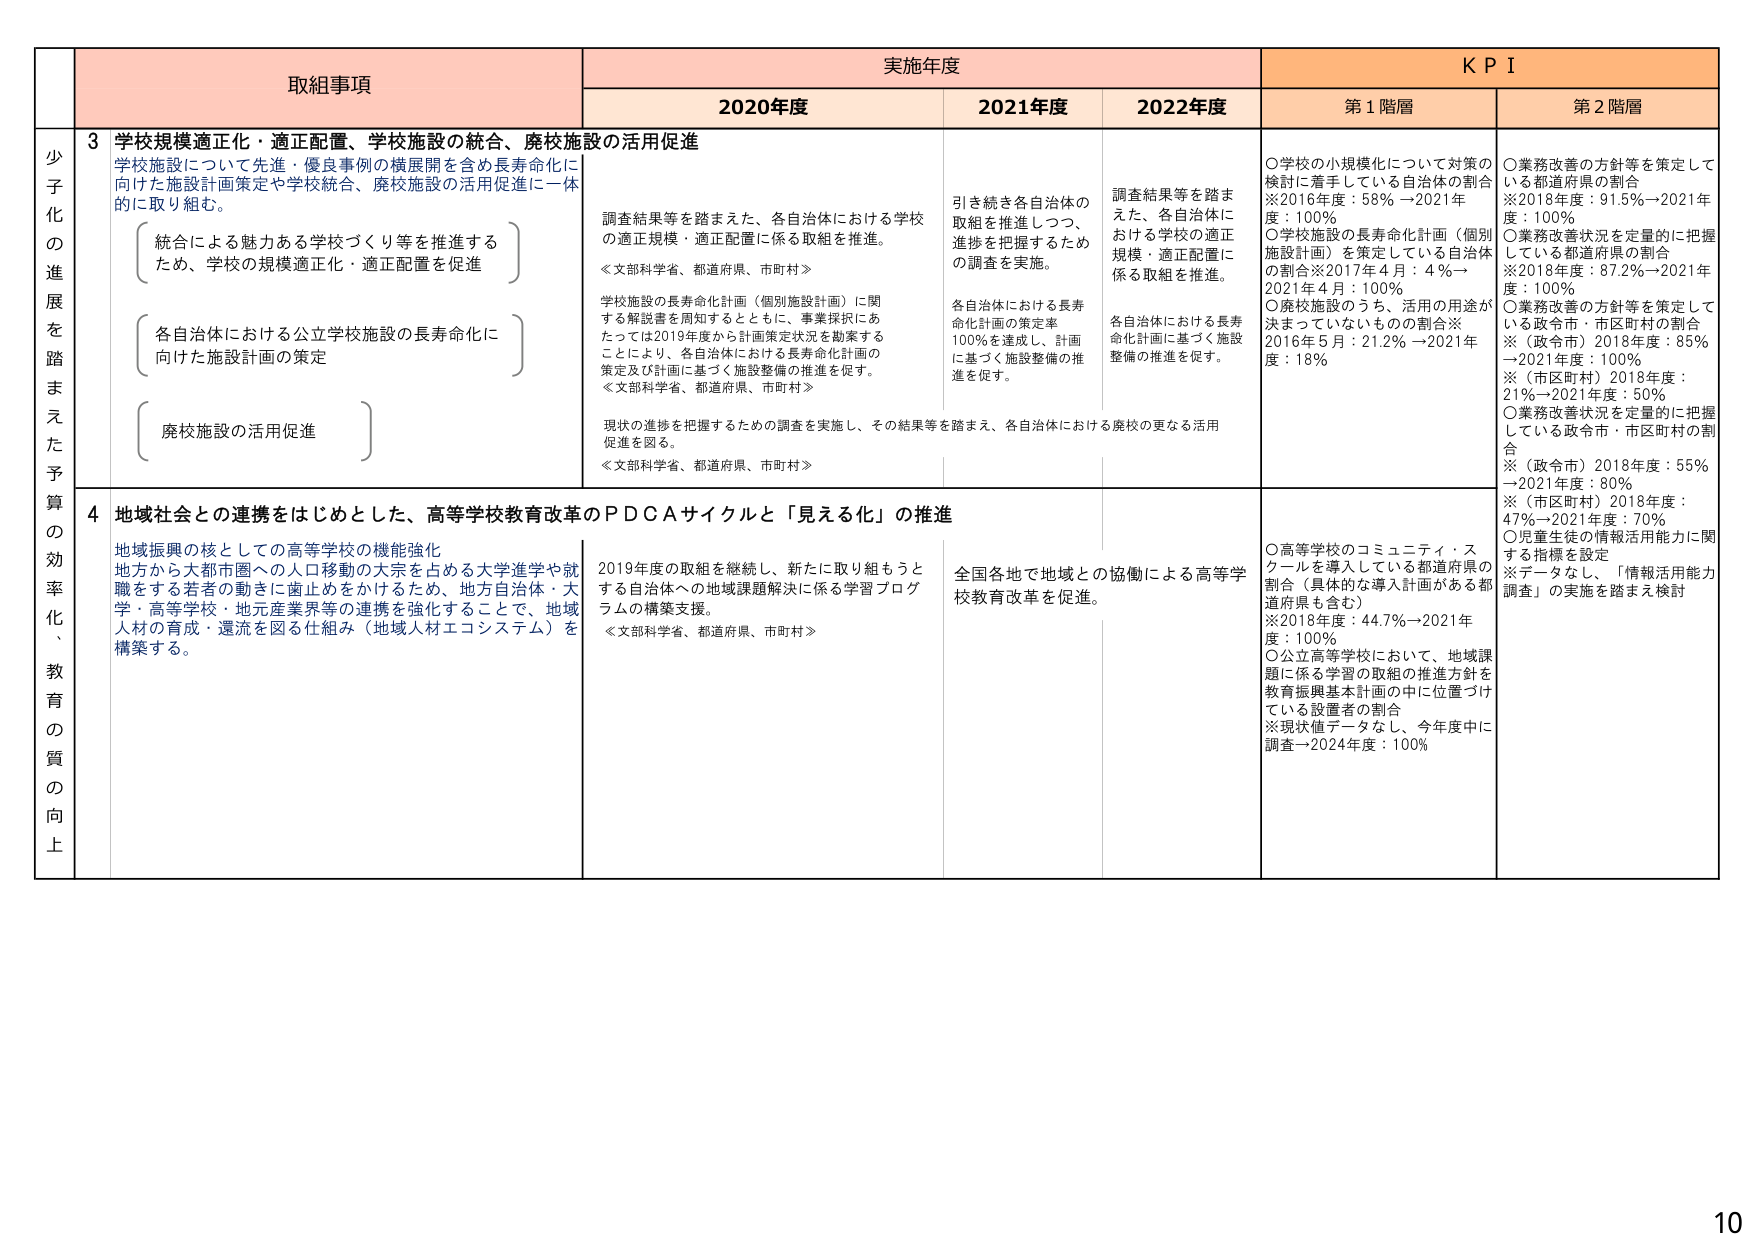
少子化の進展を踏まえた予算の効率化、教育の質の向上

取組事項

実施年度

KPI

2020年度

2021年度

2022年度

第1階層

第2階層

3 学校規模適正化・適正配置、学校施設の統合、廃校施設の活用促進

学校施設について先進・優良事例の横展開を含め長寿命化に向けた施設計画策定や学校統合、廃校施設の活用促進を一体的に取り組む。

（統合による魅力ある学校づくり等を推進するため、学校の規模適正化・適正配置を促進）

（各自治体における公立学校施設の長寿命化に向けた施設計画の策定）

（廃校施設の活用促進）

調査結果等を踏まえた、各自治体における学校の適正規模・適正配置に係る取組を推進。

≪文部科学省、都道府県、市町村≫

学校施設の長寿命化計画（個別施設計画）に関する解説書を周知するとともに、事業採択にあたっては2019年度から計画策定状況を勘案することにより、各自治体における長寿命化計画の策定及び計画に基づく施設整備の推進を促す。

≪文部科学省、都道府県、市町村≫

現状の進捗を把握するための調査を実施し、その結果等を踏まえ、各自治体における廃校の更なる活用促進を図る。

≪文部科学省、都道府県、市町村≫

引き続き各自治体の取組を推進しつつ、進捗を把握するための調査を実施。

各自治体における長寿命化計画の策定率100％を達成し、計画に基づく施設整備の推進を促す。

調査結果等を踏まえた、各自治体における学校の適正規模・適正配置に係る取組を推進。

各自治体における長寿命化計画に基づく施設整備の推進を促す。

〇学校の小規模化について対策の検討に着手している自治体の割合※2016年度：58％→2021年度：100％

〇学校施設の長寿命化計画（個別施設計画）を策定している自治体の割合※2017年4月：4％→2021年4月：100％

〇廃校施設のうち、活用の用途が決まっていないものの割合※2016年5月：21.2％→2021年度：18％

〇業務改善の方針等を策定している都道府県の割合※2018年度：91.5％→2021年度：100％

〇業務改善状況を定量的に把握している都道府県の割合※2018年度：87.2％→2021年度：100％

〇業務改善の方針等を策定している政令市・市区町村の割合※（政令市）2018年度：85％→2021年度：100％

※（市区町村）2018年度：21％→2021年度：50％

〇業務改善状況を定量的に把握している政令市・市区町村の割合※（政令市）2018年度：55％→2021年度：80％

※（市区町村）2018年度：47％→2021年度：70％

〇児童生徒の情報活用能力に関する指標を設定

※データなし、「情報活用能力調査」の実施を踏まえ検討

4 地域社会との連携をはじめとした、高等学校教育改革のＰＤＣＡサイクルと「見える化」の推進

地域振興の核としての高等学校の機能強化

地方から大都市圏への人口移動の大宗を占める大学進学や就職をする若者の動きに歯止めをかけるため、地方自治体・大学・高等学校・地元産業界等の連携を強化することで、地域人材の育成・還流を図る仕組み（地域人材エコシステム）を構築する。

2019年度の取組を継続し、新たに取り組もうとする自治体への地域課題解決に係る学習プログラムの構築支援。

≪文部科学省、都道府県、市町村≫

全国各地で地域との協働による高等学校教育改革を促進。

〇高等学校のコミュニティ・スクールを導入している都道府県の割合（具体的な導入計画がある都道府県も含む）※2018年度：44.7％→2021年度：100％

〇公立高等学校において、地域課題に係る学習の取組の推進方針を教育振興基本計画の中に位置づけている設置者の割合※現状値データなし、今年度中に調査→2024年度：100％

10